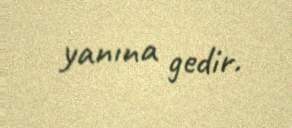
yanına gedir.